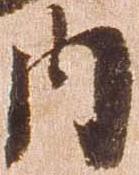
内